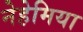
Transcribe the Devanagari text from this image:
नेहेमिया